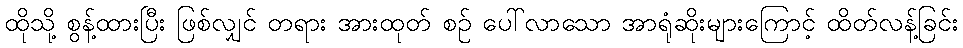
ထိုသို့ စွန့်ထားပြီး ဖြစ်လျှင် တရား အားထုတ် စဉ် ပေါ်လာသော အာရုံဆိုးများကြောင့် ထိတ်လန့်ခြင်း